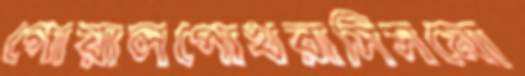
গোয়ালপোখরাসিসমো